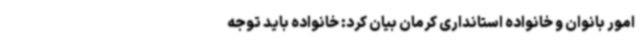
امور بانوان و خانواده استانداری کرمان بیان کرد: خانواده باید توجه